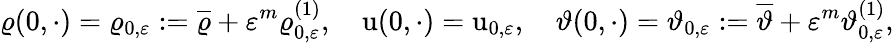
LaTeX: \varrho(0,\cdot)=\varrho_{0,\varepsilon}:=\overline{{\varrho}}+\varepsilon^{m}\varrho_{0,\varepsilon}^{(1)},\quad\textbf{\textup{u}}(0,\cdot)=\textbf{\textup{u}}_{0,\varepsilon},\quad\vartheta(0,\cdot)=\vartheta_{0,\varepsilon}:=\overline{{\vartheta}}+\varepsilon^{m}\vartheta_{0,\varepsilon}^{(1)},